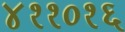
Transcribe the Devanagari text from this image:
४११०१६